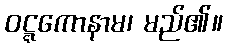
ဝဋ္ဋကောနာမ၊ မည်၏။